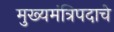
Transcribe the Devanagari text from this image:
मुख्यमंत्रिपदाचे